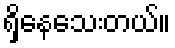
ရှိနေသေးတယ်။